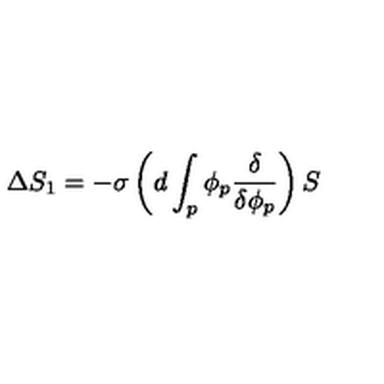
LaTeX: \Delta S _ { 1 } = - \sigma \left( d \int _ { p } \phi _ { p } \frac { \delta } { \delta \phi _ { p } } \right) S